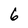
Character: 6